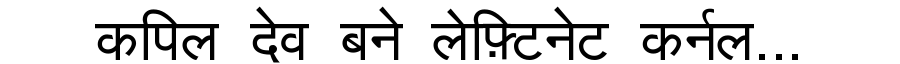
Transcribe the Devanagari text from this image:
कपिल देव बने लेफ़्टिनेट कर्नल...